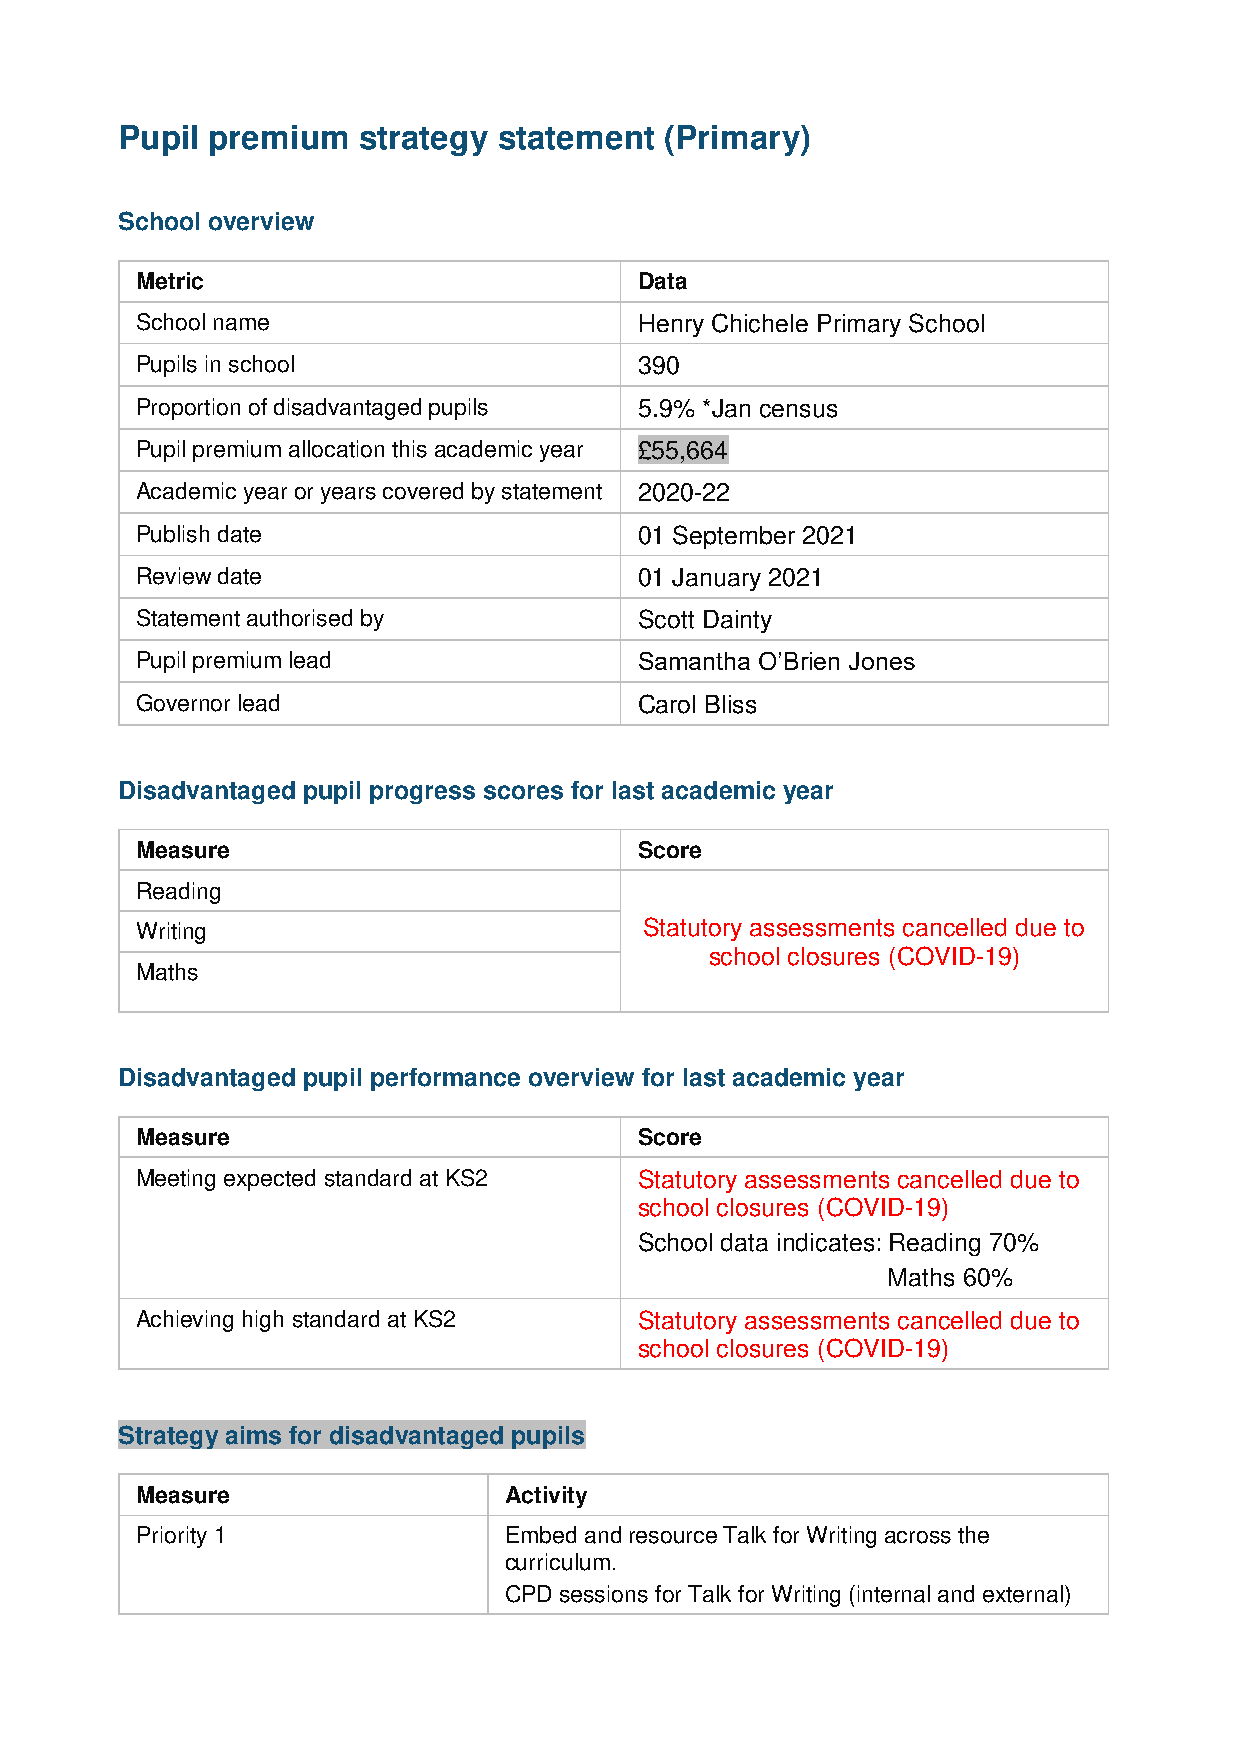
Pupil premium   strategy statement  (Primary)
 School overview
 Metric                           Data
 School name                      Henry Chichele Primary School
 Pupils in school                 390
 Proportion of disadvantaged pupils 5.9% *Jan census
 Pupil premium allocation this academic year £55,664
 Academic year or years covered by statement 2020-22
 Publish date                     01 September 2021
 Review date                      01 January 2021
 Statement authorised by          Scott Dainty
 Pupil premium lead               Samantha O’Brien Jones
 Governor lead                    Carol Bliss
 Disadvantaged pupil progress scores for last academic year
 Measure                          Score
 Reading
 Writing                           Statutory assessments cancelled due to
 school closures (COVID-19)
 Maths
 Disadvantaged pupil performance overview for last academic year
 Measure                          Score
 Meeting expected standard at KS2 Statutory assessments cancelled due to
 school closures (COVID-19)
 School data indicates: Reading 70%
 Maths 60%
 Achieving high standard at KS2   Statutory assessments cancelled due to
 school closures (COVID-19)
 Strategy aims for disadvantaged pupils
 Measure                 Activity
 Priority 1              Embed and resource Talk for Writing across the
 curriculum.
 CPD sessions for Talk for Writing (internal and external)